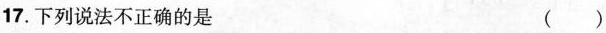
17.下列说法不正确的是 ()